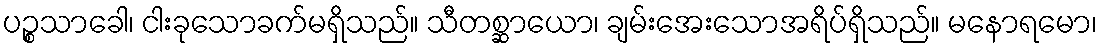
ပဉ္စသာခေါ၊ ငါးခုသောခက်မရှိသည်။ သီတစ္ဆာယော၊ ချမ်းအေးသောအရိပ်ရှိသည်။ မနောရမော၊